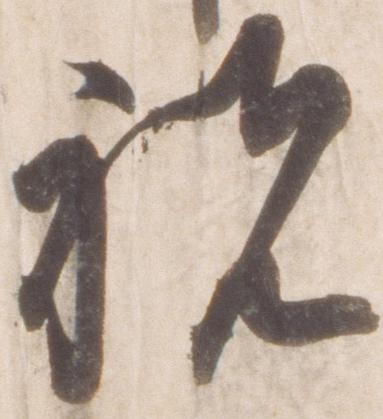
祝